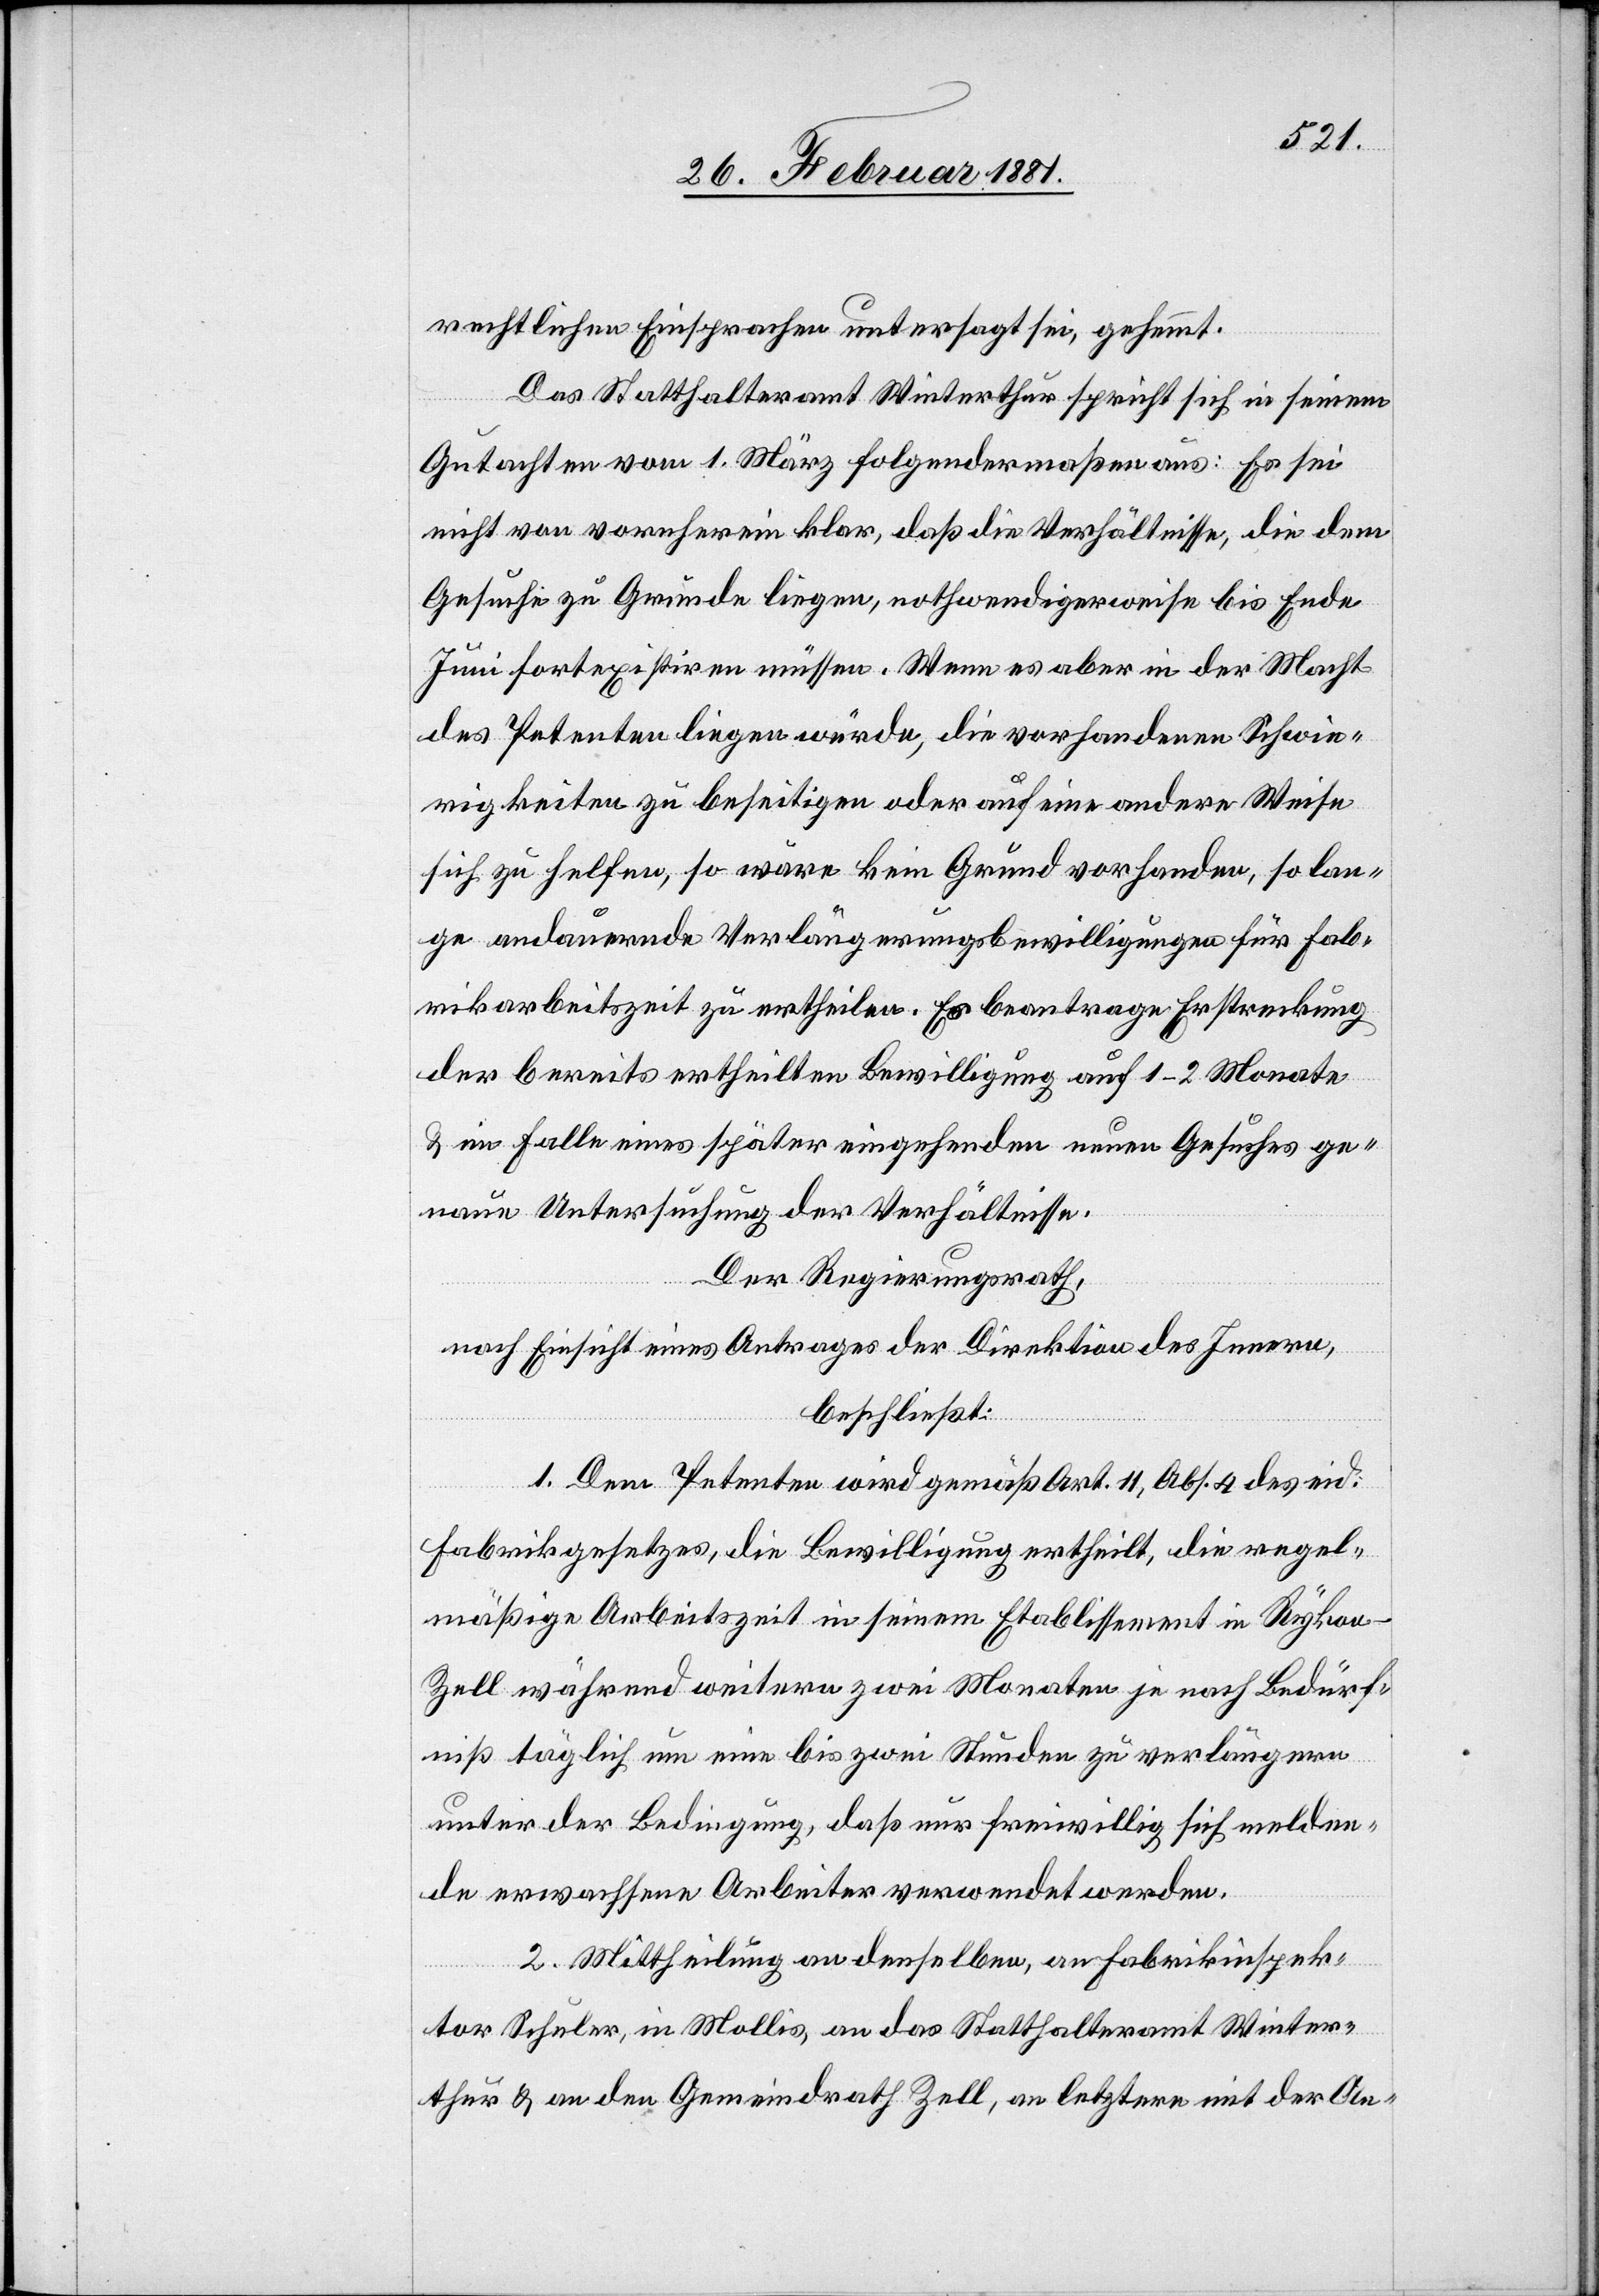
rechtlichen Einsprachen untersagt sei, gehemmt.
Das Statthalteramt Winterthur spricht sich in seinem
Gutachten vom 1. März folgendermaßen aus: Es sei
nicht von vornherein klar, daß die Verhältnisse, die dem
Gesuche zu Grunde liegen, nothwendigerweise bis Ende
Juni fortexistiren müssen. Wenn es aber in der Macht
des Petenten liegen würde, die vorhandenen Schwie¬
rigkeiten zu beseitigen oder auf eine andere Weise
sich zu helfen, so wäre kein Grund vorhanden, so lan¬
ge andauernde Verlängerungsbewilligungen für Fab¬
rikarbeitszeit zu ertheilen. Er beantrage Erstreckung
der bereits ertheilten Bewilligung auf 1–2 Monate
& im Falle eines später eingehenden neuen Gesuches ge¬
naue Untersuchung der Verhältnisse.
Der Regierungsrath,
nach Einsicht eines Antrages der Direktion des Innern,
beschließt:
1. Dem Petenten wird gemäß Art. 11, Abs. 4 des eid.
Fabrikgesetzes, die Bewilligung ertheilt, die regel¬
mäßige Arbeitszeit in seinem Etablissement in Rykon -
Zell während weitern zwei Monaten je nach Bedürf¬
niß täglich um eine bis zwei Stunden zu verlängern
unter der Bedingung, daß nur freiwillig sich melden¬
de erwachsene Arbeiter verwendet werden.
2. Mittheilung an denselben, an Fabrikinspek¬
tor Schuler, in Mollis, an das Statthalteramt Winter¬
thur & an den Gemeindrath Zell, an letztere mit der An-